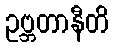
ဥဗ္ဘတာနီတိ